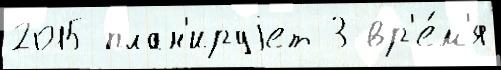
2015 план'ируjет 3 вр'е́м'я